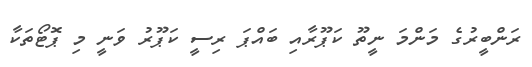
ރަންބީރުގެ މަންމަ ނީތޫ ކަޕޫރާއި ބައްޕަ ރިސީ ކަޕޫރު ވަނީ މި ޕޮޓޯތަކާ